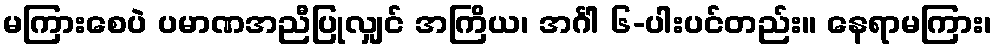
မကြားစေပဲ ပမာဏအညီပြုလျှင် အကြိယ၊ အင်္ဂါ ၆-ပါးပင်တည်း။ နေရာမကြား၊